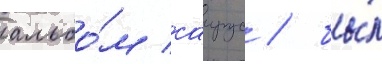
альбо́м саирус / бы́л